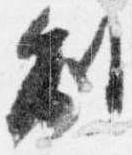
制